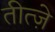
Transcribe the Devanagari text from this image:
तीत्ज़े